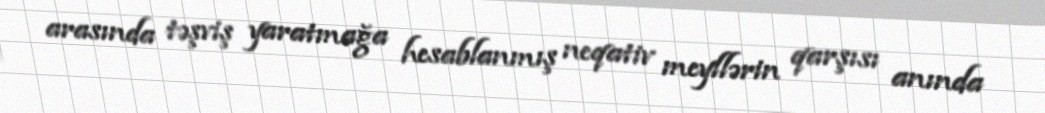
arasında təşviş yaratmağa hesablanmış neqativ meyllərin qarşısı anında